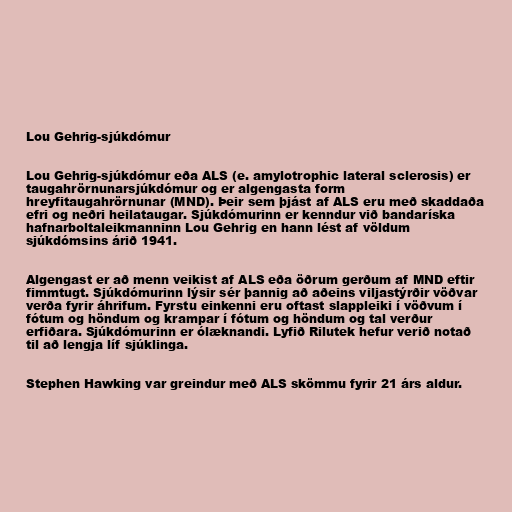
Lou Gehrig-sjúkdómur

Lou Gehrig-sjúkdómur eða ALS (e. amylotrophic lateral sclerosis) er
taugahrörnunarsjúkdómur og er algengasta form
hreyfitaugahrörnunar (MND). Þeir sem þjást af ALS eru með skaddaða
efri og neðri heilataugar. Sjúkdómurinn er kenndur við bandaríska
hafnarboltaleikmanninn Lou Gehrig en hann lést af völdum
sjúkdómsins árið 1941.

Algengast er að menn veikist af ALS eða öðrum gerðum af MND eftir
fimmtugt. Sjúkdómurinn lýsir sér þannig að aðeins viljastýrðir vöðvar
verða fyrir áhrifum. Fyrstu einkenni eru oftast slappleiki í vöðvum í
fótum og höndum og krampar í fótum og höndum og tal verður
erfiðara. Sjúkdómurinn er ólæknandi. Lyfið Rilutek hefur verið notað
til að lengja líf sjúklinga.

Stephen Hawking var greindur með ALS skömmu fyrir 21 árs aldur.